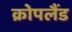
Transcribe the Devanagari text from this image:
क्रोपलैंड